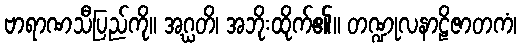
ဗာရာဏသီပြည်ကို။ အဂ္ဃတိ၊ အဘိုးထိုက်၏။ တဏ္ဍုလနာဠိဇာတကံ၊